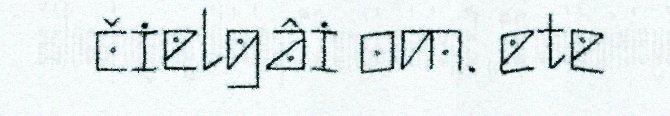
čielgâi om. ete